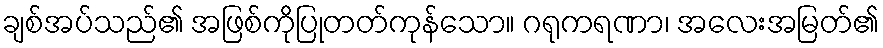
ချစ်အပ်သည်၏ အဖြစ်ကိုပြုတတ်ကုန်သော။ ဂရုကရဏာ၊ အလေးအမြတ်၏